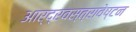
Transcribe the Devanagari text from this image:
आर्द्रवस्त्रावेष्टन